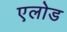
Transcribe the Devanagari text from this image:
एलोड